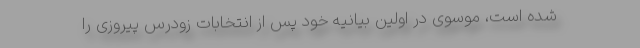
شده است، موسوی در اولین بیانیه خود پس از انتخابات زودرس پیروزی را